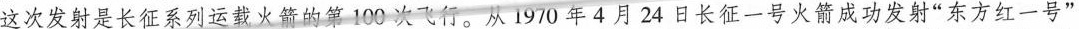
这次发射是长征系列运载火箭的第1 0 0次飞行。从1 9 7 0年4月2 4日长征一号火箭成功发射“东方红一号”